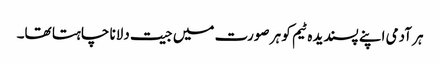
ہر آدمی اپنے پسندیدہ ٹیم کو ہر صورت میں جیت دلانا چاہتا تھا۔